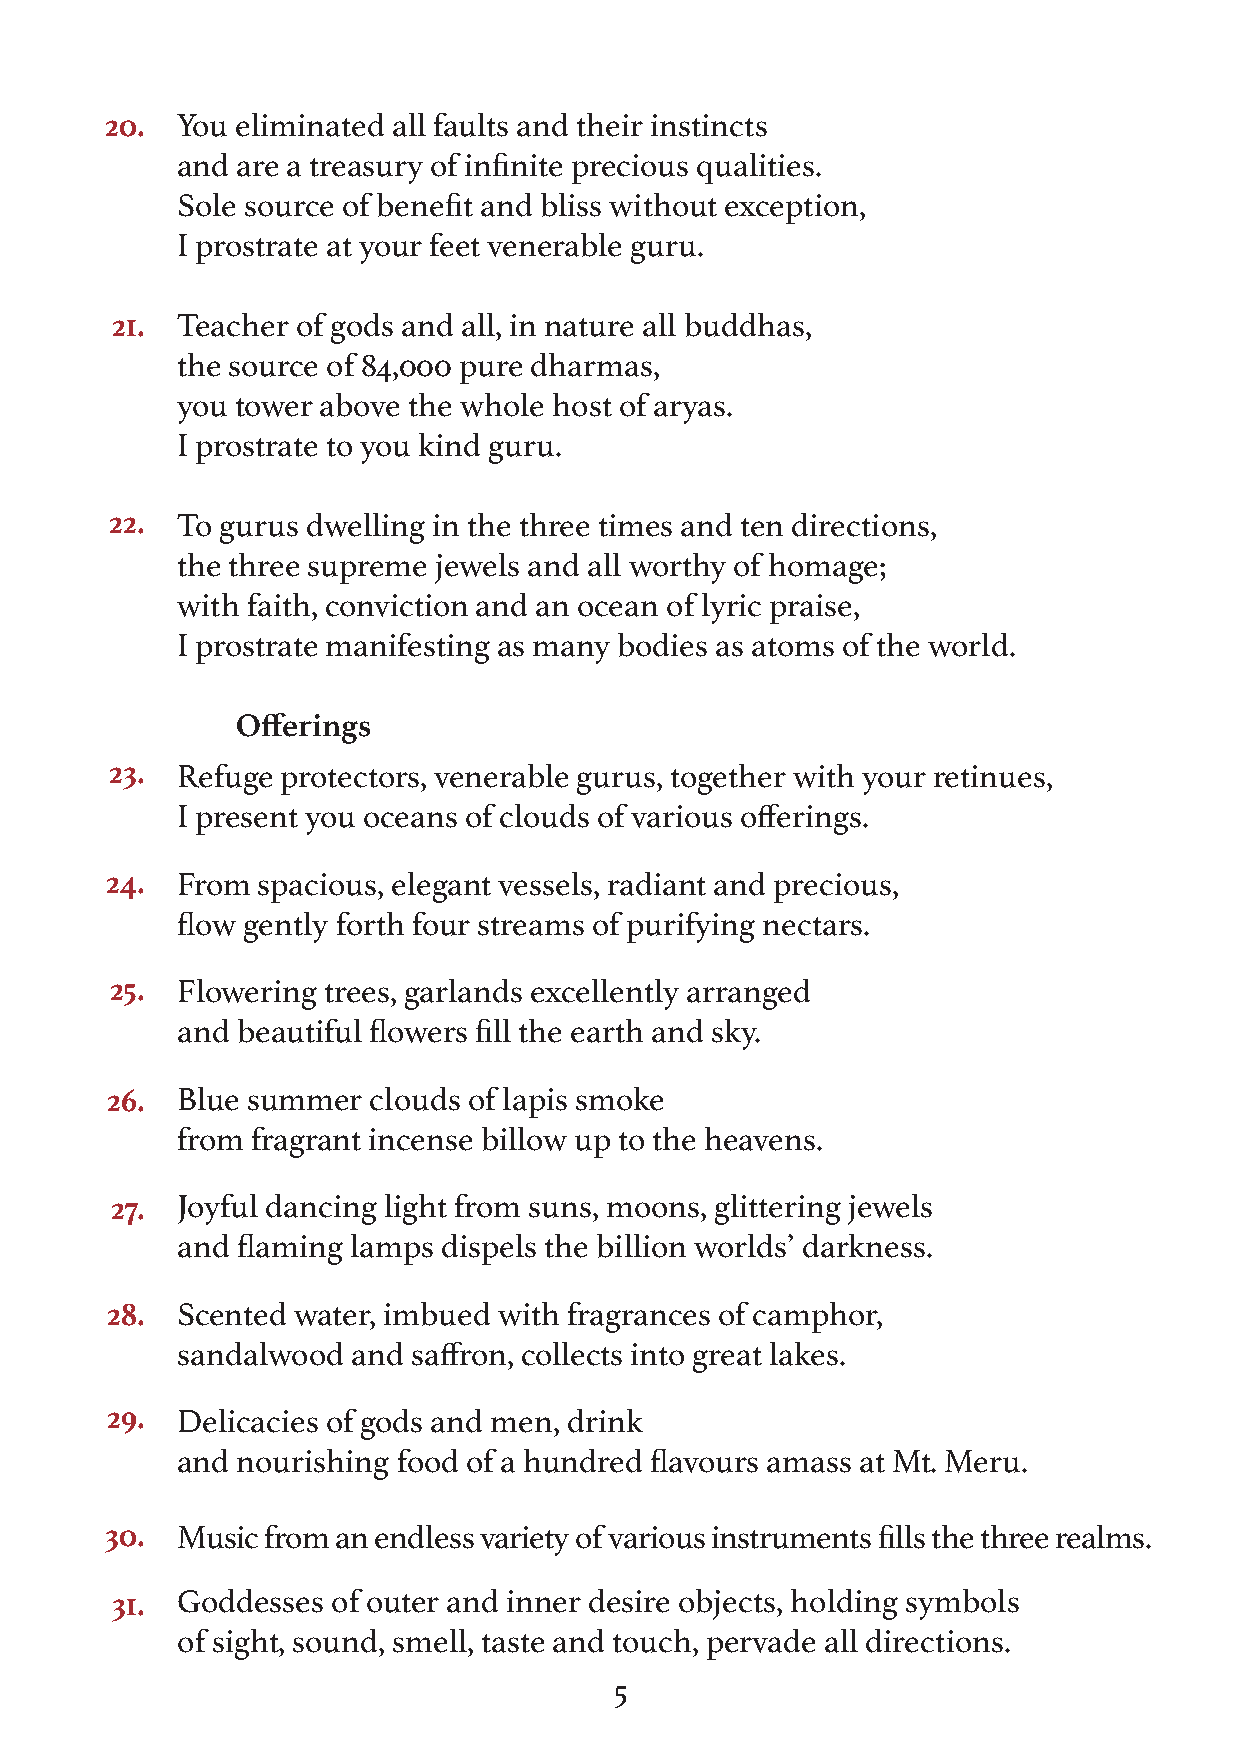
20.  You eliminated all faults and their instincts
 and are a treasury of infinite precious qualities.
 Sole source of benefit and bliss without exception,
 I prostrate at your feet venerable guru.
 21.  Teacher of gods and all, in nature all buddhas,
 the source of 84,000 pure dharmas,
 you tower above the whole host of aryas.
 I prostrate to you kind guru.
 22.  To gurus dwelling in the three times and ten directions,
 the three supreme jewels and all worthy of homage;
 with faith, conviction and an ocean of lyric praise,
 I prostrate manifesting as many bodies as atoms of the world.
 Offerings
 23.  Refuge protectors, venerable gurus, together with your retinues,
 I present you oceans of clouds of various offerings.
 24.  From spacious, elegant vessels, radiant and precious,
 flow gently forth four streams of purifying nectars.
 25.  Flowering trees, garlands excellently arranged
 and beautiful flowers fill the earth and sky.
 26.  Blue summer clouds of lapis smoke
 from fragrant incense billow up to the heavens.
 27.  Joyful dancing light from suns, moons, glittering jewels
 and flaming lamps dispels the billion worlds’ darkness.
 28.  Scented water, imbued with fragrances of camphor,
 sandalwood and saffron, collects into great lakes.
 29.  Delicacies of gods and men, drink
 and nourishing food of a hundred flavours amass at Mt. Meru.
 30.  Music from an endless variety of various instruments fills the three realms.
 31.  Goddesses of outer and inner desire objects, holding symbols
 of sight, sound, smell, taste and touch, pervade all directions.
 5